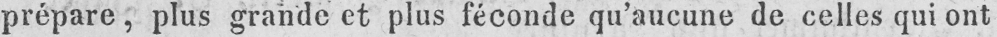
prépare, plus grande et plus féconde qu’aucune de celles qui ont